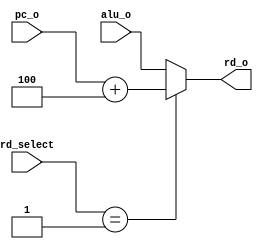
module rd_mux (
    input wire [31:0] alu_o,
    input wire [31:0] pc_o,
    input wire [1:0] rd_select,
    output reg [31:0] rd_o
);

    always @(*) begin
        case (rd_select)
            2'b01: begin
                rd_o = pc_o +32'd4;
            end
            default: begin
                rd_o = alu_o;
            end
        endcase
    end
endmodule